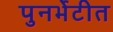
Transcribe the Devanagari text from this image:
पुनर्भेटीत